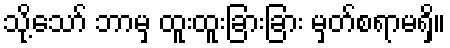
သို့သော် ဘာမှ ထူးထူးခြားခြား မှတ်စရာမရှိ။